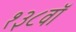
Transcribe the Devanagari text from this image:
१३८वॉ